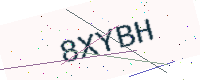
Text: 8XYBH